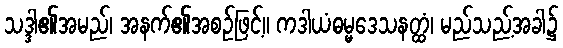
သဒ္ဒါ၏အမည်၊ အနက်၏အစဉ်ဖြင့်။ ကဒါယံဓမ္မဒေသနတ္ထံ၊ မည်သည့်အခါ၌